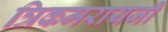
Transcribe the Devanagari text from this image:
त्रिकमरायजी